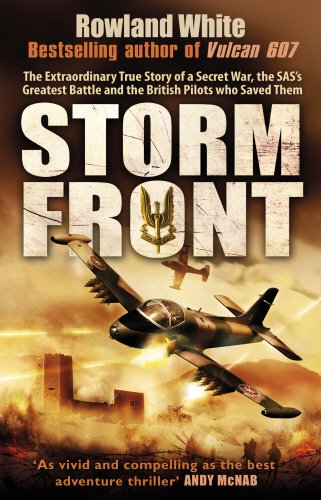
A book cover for Storm Front: The Epic True Story of a Secret War, the SAS's Greatest Battle, and the British Pilots Who Saved Them; Rowland White; History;